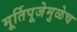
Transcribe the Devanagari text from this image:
मूर्तिपूजेमुळेच